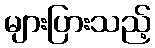
များပြားသည့်